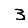
Digit: 3